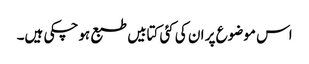
اس موضوع پر ان کی کئی کتابیں طبع ہوچکی ہیں۔